Annual administration report of the Civil Veterinary Department of India - 1897-1898
Year: 1897
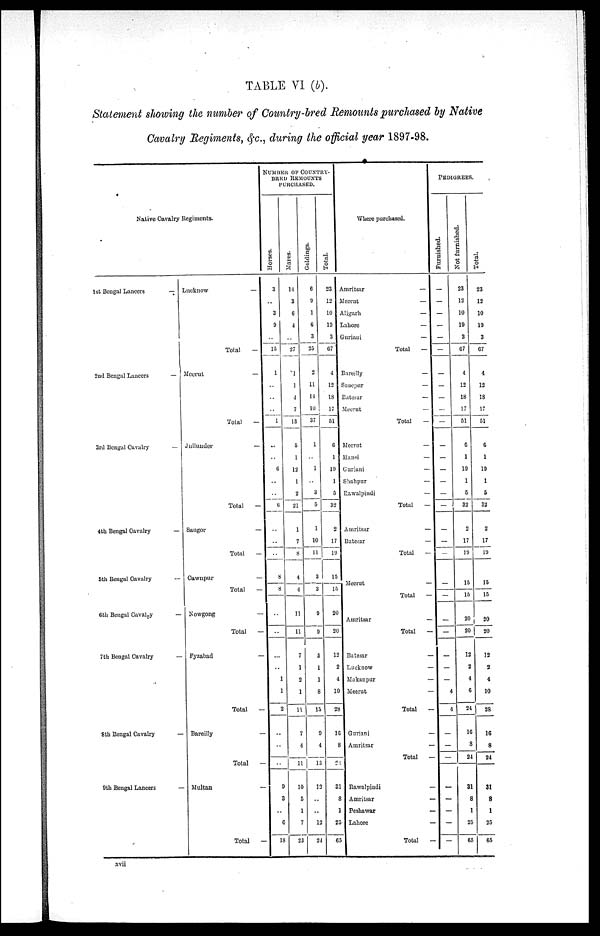
TABLE VI (b).
Statement showing the number of Country-bred Remounts purchased by Native
Cavalry Regiments, &c., during the official year 1897-98.
Native Cavalry Regiments.
1st Bengal Lancers
—
2nd Bengal Lancers
—
3rd Bengal Cavalry
—
4th Bengal
Cavalry
—
5th Bengal
Cavalry
—
6th Bengal Cavalry
—
7th Bengal Cavalry
—
8th Bengal Cavalry
—
9th Bengal Lancers
—
Lucknow
—
Total
—
Meurut
—
Total
—
Jullunder
—
Total
—
Saugor
—
Total
—
Cawnpur —
Total
—
Nowgong
—
Total
—
Fyzabad—
Total
—
Bareilly
—
Total
—
Multan —
Total
—
NUMBER OF COUNTRY¬
BRED REMOUNTS
Hor s es .
3
..
3
9
..
15
1
..
..
..
1
..
..
6
..
..
6
..
..
..
8
8
..
..
..
..
1
1
2
..
..
..
9
3
..
6
18
Mar es .
14
3
6
4
..
27
1
1
4
7
13
5
1
12
1
2
21
1
7
8
4
4
11
11
7
1
2
1
11
7
4
11
10
5
1
7
23
Geldings.
6
9
1
6
3
25
2
11
14
10
37
1
..
1
..
3
5
1
10
11
3
3
9
9
5
1
1
8
15
9
4
13
12
..
..
12
24
Total.
23
12
10
19
3
67
4
12
18
17
51
6
1
19
1
5
32
2
17
19
15
15
20
20
12
2
4
10
28
16
8
24
31
8
1
25
65
Where purchased.
Amritsar
—
Meerut
—
Aligarh
—
Lahore
—
Guriani
—
Total
—
Bareilly
—
Sonepur
—
Batesar
—
Meerat
—
Total
—
Meerut
—
Hansi
—
Gurjani
—
Shahpur
—
Rawalpindi
—
Total
—
Amritsar
—
Batesar
—
Total —
Meerut
—
Total
—
Amritsar
—
Total
—
Batesar —
Lucknow
—
Makanpur
—
Meerut
—
Total
—
Guriani —
Amritsar
—
Total
—
Rawalpindi —
Amritsar
—
Peshawar
—
Lahore
—
Total
—
PEDIGREES
Furnished.
—
—
—
—
—
—
—
—
—
—
—
—
—
—
—
—
—
—
—
—
—
—
—
—
—
4
4
—
—
—
—
—
—
—
—
Not furnished.
23
12
10
19
3
67
4
12
18
17
51
6
1
19
1
5
32
2
17
19
15
15
20
20
12
2
4
6
24
16
8
24
31
8
1
25
65
Total.
23
12
10
19
3
67
4
12
18
17
51
6
1
19
1
5
32
2
17
19
15
15
20
20
12
2
4
10
28
16
8
24
31
8
1
25
65
xvii